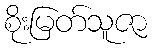
စိုးမြတ်သူဇာ